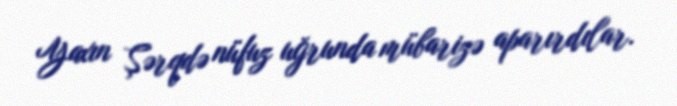
Yaxın Şərqdə nüfuz uğrunda mübarizə aparırdılar.